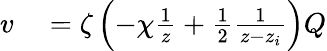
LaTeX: \begin{array}{rl}{v}&{{}=\zeta\left(-\chi\frac{1}{z}+\frac{1}{2}\frac{1}{z-z_{i}}\right)Q}\end{array}